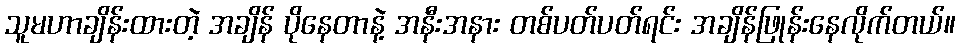
သူမဟာချိန်းထားတဲ့ အချိန် ပိုနေတာနဲ့ အနီးအနား တစ်ပတ်ပတ်ရင်း အချိန်ဖြုန်းနေလိုက်တယ်။